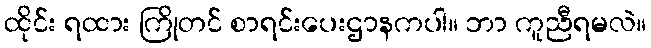
ထိုင်း ရထား ကြိုတင် စာရင်းပေးဌာနကပါ။ ဘာ ကူညီရမလဲ။